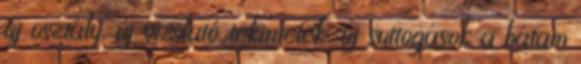
új osztály, új vizslató tekintetek, új suttogások a hátam